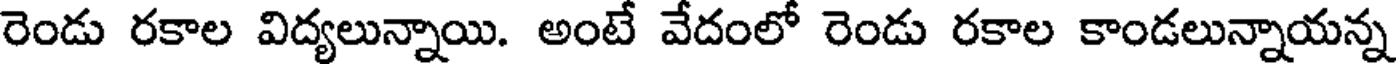
రెండు రకాల విద్యలున్నాయి. అంటే వేదంలో రెండు రకాల కాండలున్నాయన్న